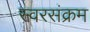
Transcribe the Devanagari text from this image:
स्वरसंक्रम